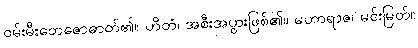
ဝမ်းမီးတေဇောဓာတ်၏။ ဟိတံ၊ အစီးအပွားဖြစ်၏။ မဟာရာဇ၊ မင်းမြတ်။